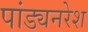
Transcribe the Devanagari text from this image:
पांड्यनरेश